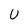
Character: U